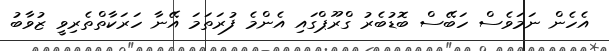
އެހެން ނަމަވެސް ހަބޭސް ބޮޑުބެރު ގްރޫޕްގައި އެންމެ ފުރަތަމަ އޭނާ ހަރަކާތްތެރިވީ ޒުވާބު